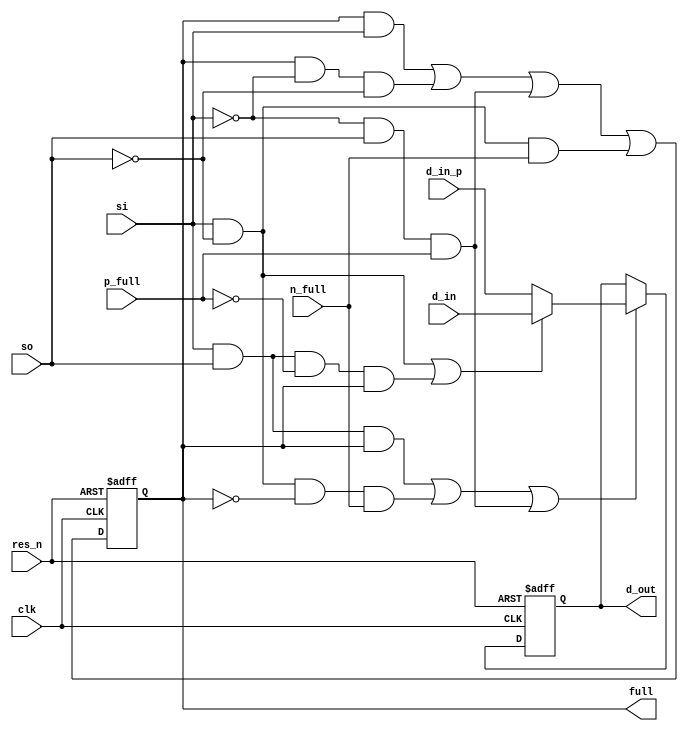
module openhmc_sync_fifo_reg_stage #(parameter DWIDTH = 8)(
    input wire clk,
    input wire res_n,
    input wire [DWIDTH-1:0] d_in,
    input wire [DWIDTH-1:0] d_in_p,
    input wire p_full,  
    input wire n_full,  
    input wire si,
    input wire so,
    output reg full,    
    output reg [DWIDTH-1:0] d_out
);
wire en, muxi;
assign en = (si & so & full)                
            | (si & ~so & ~full && n_full)  
            | (~si & so & p_full);          
assign muxi = (si & ~so) | (si & so & ~p_full & full);
always @ (posedge clk or negedge res_n) begin
    if (!res_n) begin
        full <= 1'b0;
        d_out <= {DWIDTH{1'b0}};
    end else begin
        if (en) begin
            if (muxi) begin
                d_out <= d_in;      
            end else begin
                d_out <= d_in_p;    
            end
        end
        full <= (full & si)             
                | (full & ~si & ~so)    
                | (~si & so & p_full)   
                | (si & ~so & n_full);  
    end
end
endmodule